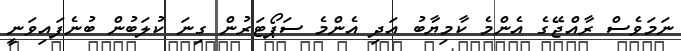
ނަމަވެސް ރާއްޖޭގެ އެންމެ ކާމިޔާބު އަދި އެންމެ ސަޕޯޓަރުން ގިނަ ކުލަބުން ބުނެފައިވަނީ